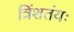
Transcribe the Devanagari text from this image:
त्रिंशतंयः